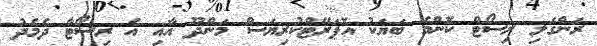
ރަންގަލި ރިސޯޓް ކޮންމެ ބަޔަކު އޮޕަރޭޓްކުރިޔަސް މަންދޫ އާއި އެ ރިސޯޓާ ދެމެދު